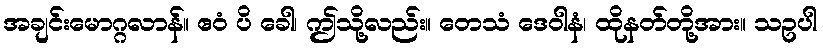
အချင်းမောဂ္ဂလာန်။ ဧဝံ ပိ ခေါ၊ ဤသို့လည်း။ တေသံ ဒေဝါနံ၊ ထိုနတ်တို့အား။ သဥပါ